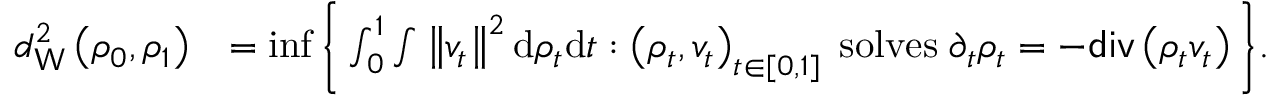
\begin{array} { r l } { d _ { \mathsf { W } } ^ { 2 } \left( \rho _ { 0 } , \rho _ { 1 } \right) } & { = \operatorname* { i n f } \bigg \{ \int _ { 0 } ^ { 1 } \int \left\Vert v _ { t } \right\Vert ^ { 2 } \mathrm { d } \rho _ { t } \mathrm { d } t : \left( \rho _ { t } , v _ { t } \right) _ { t \in [ 0 , 1 ] } \; \mathrm { s o l v e s } \; \partial _ { t } \rho _ { t } = - \mathsf { d i v } \left( \rho _ { t } v _ { t } \right) \bigg \} . } \end{array}